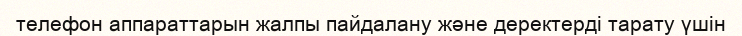
телефон аппараттарын жалпы пайдалану және деректерді тарату үшін